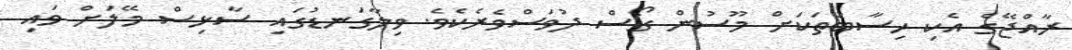
ރާއްޖޭގެ އެކި ހިސާބުތަކަށް މޫސުން ގޯސް ދުވަސްވެރެކެވެ. ވިލާގަނޑުގައި ސާޅިސް މޭލަށް ވައި